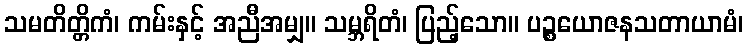
သမတိတ္တိကံ၊ ကမ်းနှင့် အညီအမျှ။ သမ္ဘရိတံ၊ ပြည့်သော။ ပဉ္စယောဇနသတာယာမံ၊